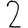
Digit: 2